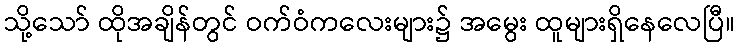
သို့သော် ထိုအချိန်တွင် ဝက်ဝံကလေးများ၌ အမွေး ထူများရှိနေလေပြီ။